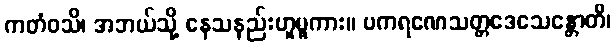
ကတံဝသိ၊ အဘယ်သို့ နေသနည်းဟူမူကား။ ပကရဏေသတ္တဒေသေန္တောတိ၊